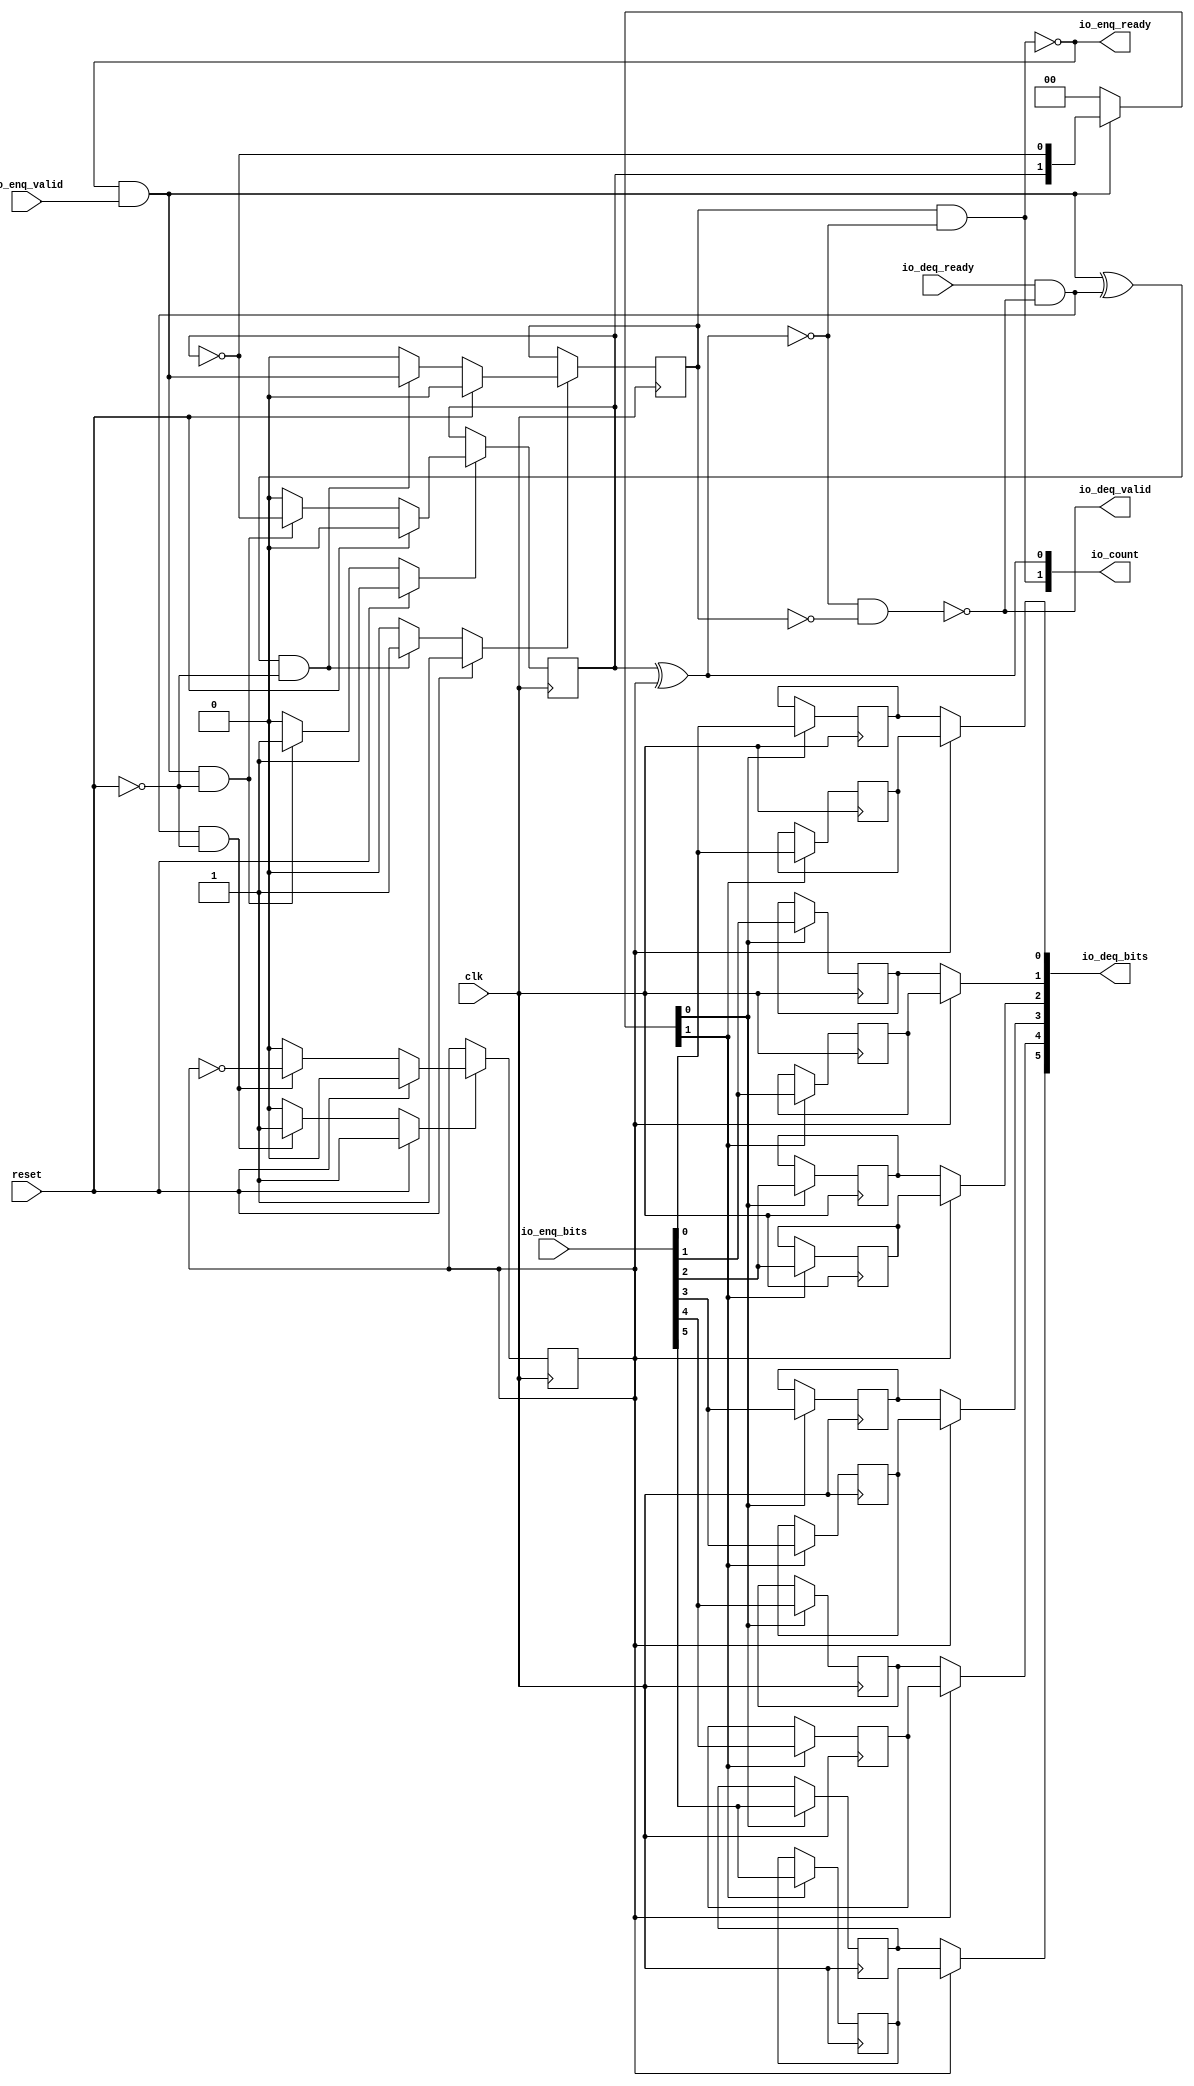
// This program was cloned from: https://github.com/NYU-MLDA/OpenABC
// License: BSD 3-Clause "New" or "Revised" License

module Queue_18
(
  clk,
  reset,
  io_enq_ready,
  io_enq_valid,
  io_enq_bits,
  io_deq_ready,
  io_deq_valid,
  io_deq_bits,
  io_count
);

  input [5:0] io_enq_bits;
  output [5:0] io_deq_bits;
  output [1:0] io_count;
  input clk;
  input reset;
  input io_enq_valid;
  input io_deq_ready;
  output io_enq_ready;
  output io_deq_valid;
  wire [5:0] io_deq_bits;
  wire [1:0] io_count;
  wire io_enq_ready,io_deq_valid,N0,N1,N2,N3,N4,do_deq,T3,do_enq,T6,ptr_match,T9,N5,
  empty,T13,full,N6,N7,N8,N9,N10,N11,N12,N13,N14,N15,N16,N17,N18,N19,N21,N22,N23,N24,
  N25,N26;
  reg R1,N20,maybe_full;
  reg [11:0] ram;
  assign N0 = N20 ^ R1;
  assign ptr_match = ~N0;
  assign T9 = do_enq ^ do_deq;
  assign io_deq_bits[5] = (N5)? ram[5] : 
                          (N1)? ram[11] : 1'b0;
  assign N1 = R1;
  assign io_deq_bits[4] = (N5)? ram[4] : 
                          (N1)? ram[10] : 1'b0;
  assign io_deq_bits[3] = (N5)? ram[3] : 
                          (N1)? ram[9] : 1'b0;
  assign io_deq_bits[2] = (N5)? ram[2] : 
                          (N1)? ram[8] : 1'b0;
  assign io_deq_bits[1] = (N5)? ram[1] : 
                          (N1)? ram[7] : 1'b0;
  assign io_deq_bits[0] = (N5)? ram[0] : 
                          (N1)? ram[6] : 1'b0;

  always @(posedge clk) begin
    if(N8) begin
      R1 <= N9;
    end 
  end


  always @(posedge clk) begin
    if(N12) begin
      N20 <= N13;
    end 
  end


  always @(posedge clk) begin
    if(N16) begin
      maybe_full <= N17;
    end 
  end


  always @(posedge clk) begin
    if(N22) begin
      ram[11] <= io_enq_bits[5];
    end 
  end


  always @(posedge clk) begin
    if(N22) begin
      ram[10] <= io_enq_bits[4];
    end 
  end


  always @(posedge clk) begin
    if(N22) begin
      ram[9] <= io_enq_bits[3];
    end 
  end


  always @(posedge clk) begin
    if(N22) begin
      ram[8] <= io_enq_bits[2];
    end 
  end


  always @(posedge clk) begin
    if(N22) begin
      ram[7] <= io_enq_bits[1];
    end 
  end


  always @(posedge clk) begin
    if(N22) begin
      ram[6] <= io_enq_bits[0];
    end 
  end


  always @(posedge clk) begin
    if(N21) begin
      ram[5] <= io_enq_bits[5];
    end 
  end


  always @(posedge clk) begin
    if(N21) begin
      ram[4] <= io_enq_bits[4];
    end 
  end


  always @(posedge clk) begin
    if(N21) begin
      ram[3] <= io_enq_bits[3];
    end 
  end


  always @(posedge clk) begin
    if(N21) begin
      ram[2] <= io_enq_bits[2];
    end 
  end


  always @(posedge clk) begin
    if(N21) begin
      ram[1] <= io_enq_bits[1];
    end 
  end


  always @(posedge clk) begin
    if(N21) begin
      ram[0] <= io_enq_bits[0];
    end 
  end

  assign io_count[0] = N20 ^ R1;
  assign T3 = R1 ^ 1'b1;
  assign T6 = N20 ^ 1'b1;
  assign N19 = ~N20;
  assign N8 = (N2)? 1'b1 : 
              (N24)? 1'b1 : 
              (N7)? 1'b0 : 1'b0;
  assign N2 = reset;
  assign N9 = (N2)? 1'b0 : 
              (N24)? T3 : 1'b0;
  assign N12 = (N2)? 1'b1 : 
               (N25)? 1'b1 : 
               (N11)? 1'b0 : 1'b0;
  assign N13 = (N2)? 1'b0 : 
               (N25)? T6 : 1'b0;
  assign N16 = (N2)? 1'b1 : 
               (N26)? 1'b1 : 
               (N15)? 1'b0 : 1'b0;
  assign N17 = (N2)? 1'b0 : 
               (N26)? do_enq : 1'b0;
  assign { N22, N21 } = (N3)? { N20, N19 } : 
                        (N4)? { 1'b0, 1'b0 } : 1'b0;
  assign N3 = do_enq;
  assign N4 = N18;
  assign do_deq = io_deq_ready & io_deq_valid;
  assign do_enq = io_enq_ready & io_enq_valid;
  assign io_count[1] = maybe_full & ptr_match;
  assign N5 = ~R1;
  assign io_deq_valid = ~empty;
  assign empty = ptr_match & T13;
  assign T13 = ~maybe_full;
  assign io_enq_ready = ~full;
  assign full = ptr_match & maybe_full;
  assign N6 = do_deq | reset;
  assign N7 = ~N6;
  assign N10 = do_enq | reset;
  assign N11 = ~N10;
  assign N14 = T9 | reset;
  assign N15 = ~N14;
  assign N18 = ~do_enq;
  assign N23 = ~reset;
  assign N24 = do_deq & N23;
  assign N25 = do_enq & N23;
  assign N26 = T9 & N23;

endmodule